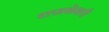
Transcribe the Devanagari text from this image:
राजकेसरी